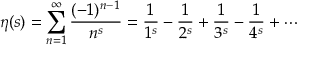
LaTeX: \eta ( s ) = \sum _ { n = 1 } ^ { \infty } { \frac { ( - 1 ) ^ { n - 1 } } { n ^ { s } } } = { \frac { 1 } { 1 ^ { s } } } - { \frac { 1 } { 2 ^ { s } } } + { \frac { 1 } { 3 ^ { s } } } - { \frac { 1 } { 4 ^ { s } } } + \cdots